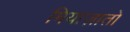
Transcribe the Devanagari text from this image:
मियाज़ातो